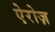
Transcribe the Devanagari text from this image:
ऐरोज़